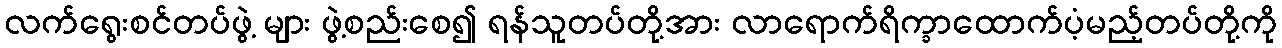
လက်ရွေးစင်တပ်ဖွဲ့ များ ဖွဲ့စည်းစေ၍ ရန်သူတပ်တို့အား လာရောက်ရိက္ခာထောက်ပံ့မည့်တပ်တို့ကို